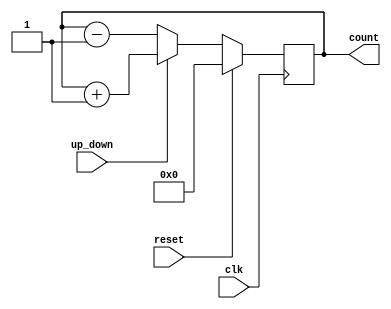
`timescale 1ns / 1ps
//////////////////////////////////////////////////////////////////////////////////
// Company: 
// Engineer: 
// 
// Design Name: 
// Module Name: sync_up_down_counter
// Project Name: 
// Target Devices: 
// Tool Versions: 
// Description: 
// 
// Dependencies: 
// 
// Revision:
// Revision 0.01 - File Created
// Additional Comments:
// 
//////////////////////////////////////////////////////////////////////////////////


module sync_up_down_counter(clk,reset,up_down,count);
  //define input and output ports
  input clk,reset,up_down;
 
  output reg [3:0] count;
  initial count=8;
  //always block will be executed at each and every positive edge of the clock
  always@(posedge clk) 
  begin
    if(reset)    //Set Counter to Zero
      count <= 0;
    
    else if(up_down)        //count up
      count <= count + 1;
    else            //count down
      count <= count - 1;
  end
endmodule